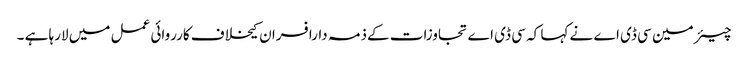
چیئر مین سی ڈی اے نے کہا کہ سی ڈی اے تجاوزات کےذمہ دارافسران کیخلاف کارروائی عمل میں لارہا ہے ۔